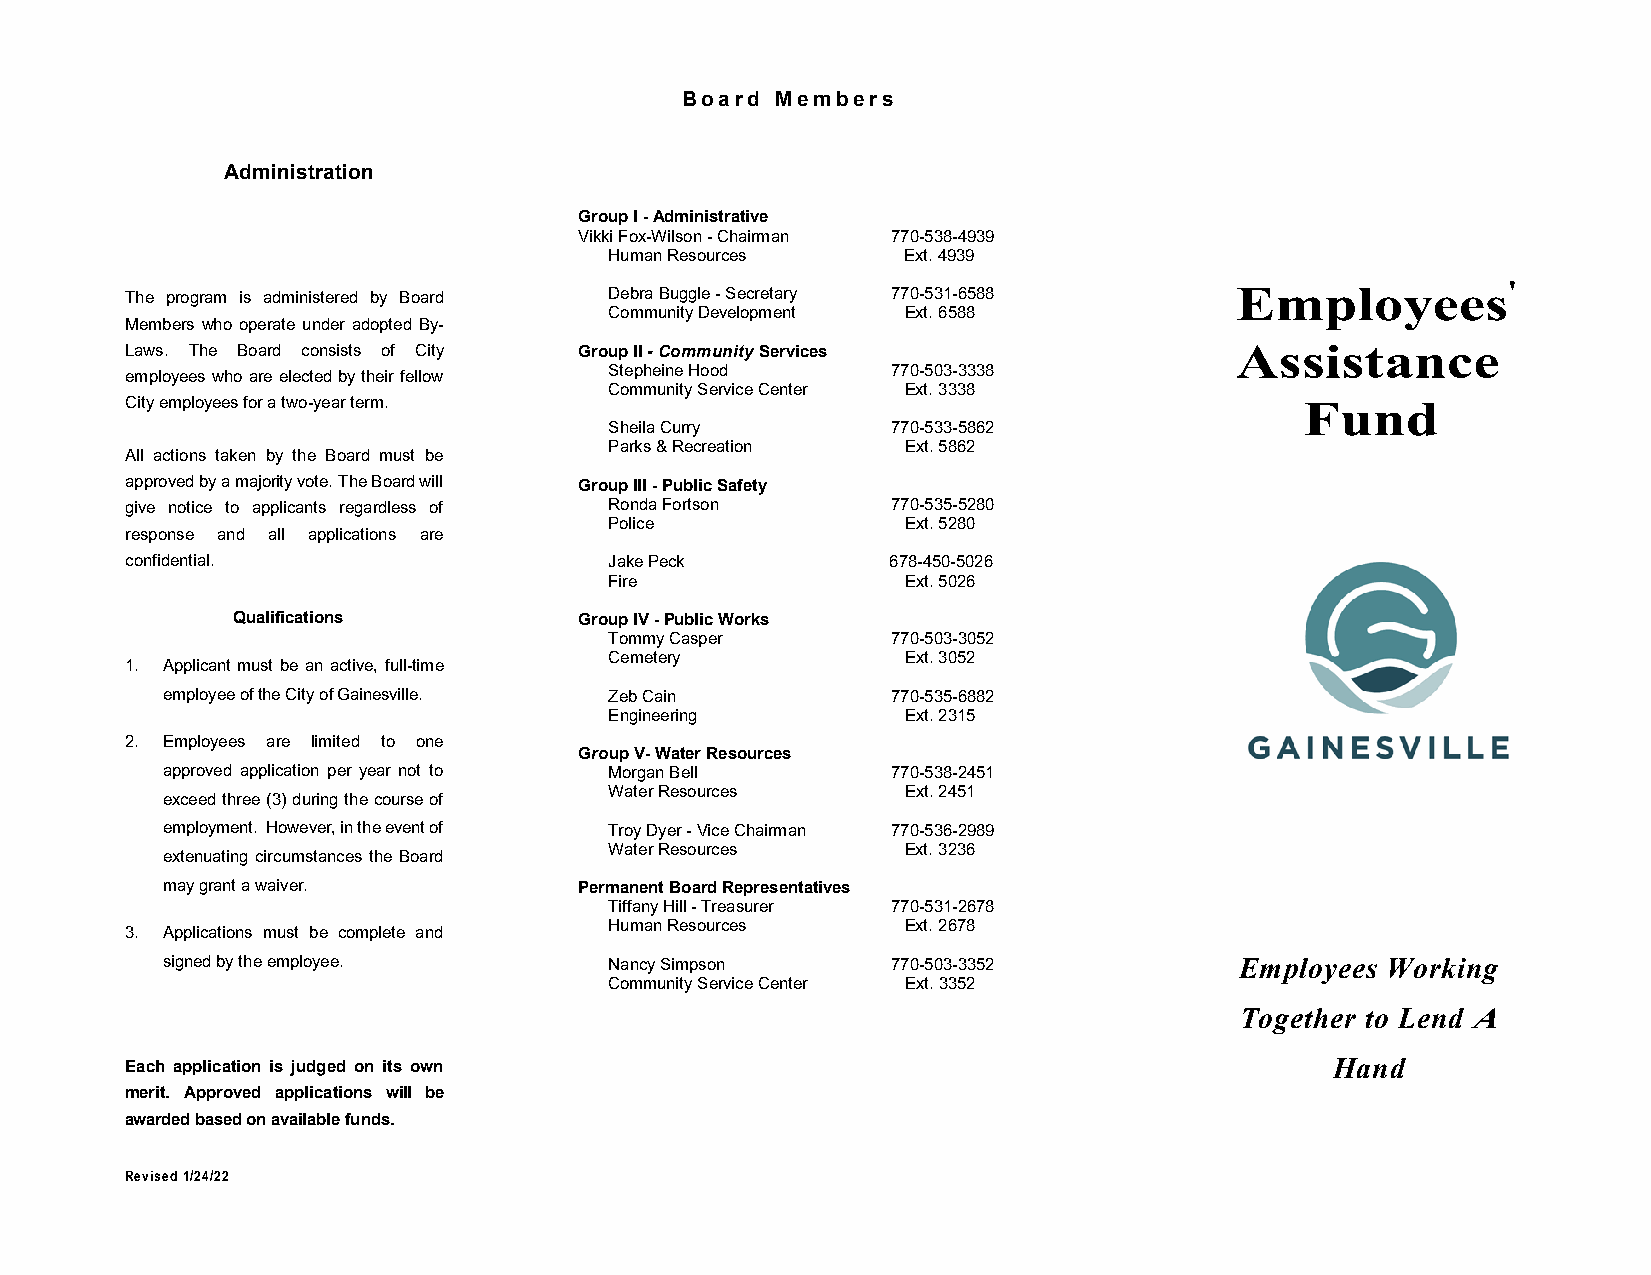
Board Members
 Administration
 Group I - Administrative
 Vikki Fox-Wilson - Chairman 770-538-4939
 Human Resources     Ext. 4939
 The program is administered by Board Debra Buggle - Secretary 770-531-6588
 Employees'
 Community Development Ext. 6588
 Members who operate under adopted By-
 Laws. The Board consists of City Group II - Community Services            Assistance
 Stepheine Hood     770-503-3338
 employees who are elected by their fellow
 Community Service Center Ext. 3338
 City employees for a two-year term.                                           Fund
 Sheila Curry       770-533-5862
 Parks & Recreation  Ext. 5862
 All actions taken by the Board must be
 approved by a majority vote. The Board will Group III - Public Safety
 give notice to applicants regardless of Ronda Fortson 770-535-5280
 Police              Ext. 5280
 response and all applications are
 confidential.                   Jake Peck          678-450-5026
 Fire                Ext. 5026
 Qualifications         Group IV - Public Works
 Tommy Casper       770-503-3052
 Cemetery            Ext. 3052
 1. Applicant must be an active, full-time
 employee of the City of Gainesville. Zeb Cain   770-535-6882
 Engineering         Ext. 2315
 2. Employees are limited to one
 Group V- Water Resources
 approved application per year not to Morgan Bell 770-538-2451
 Water Resources     Ext. 2451
 exceed three (3) during the course of
 employment. However, in the event of Troy Dyer - Vice Chairman 770-536-2989
 Water Resources     Ext. 3236
 extenuating circumstances the Board
 may grant a waiver.        Permanent Board Representatives
 Tiffany Hill - Treasurer 770-531-2678
 Human Resources     Ext. 2678
 3. Applications must be complete and
 signed by the employee.      Nancy Simpson      770-503-3352           Employees Working
 Community Service Center Ext. 3352
 Together to Lend A
 Each application is judged on its own                                           Hand
 merit. Approved applications will be
 awarded based on available funds.
 Revised 1/24/22